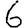
Digit: 6